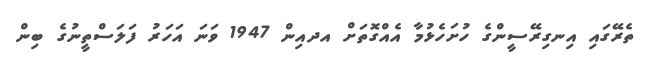
ތެރޭގައި އިނގިރޭސީންގެ ހުށަހެޅުމާ އެއްގޮތަށް އދއިން 1947 ވަނަ އަހަރު ފަލަސްތީނުގެ ބިން